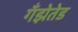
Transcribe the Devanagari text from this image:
गँझेतेड